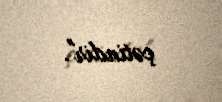
çətindir".